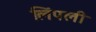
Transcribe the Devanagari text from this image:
लिंपली